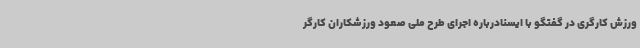
ورزش کارگری در گفتگو با ایسنادرباره اجرای طرح ملی صعود ورزشکاران کارگر